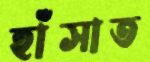
হাঁসাত